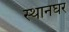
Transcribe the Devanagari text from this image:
स्थानघर